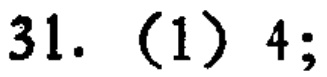
31. (1) 4;